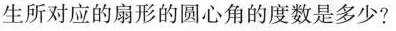
生所对应的扇形的圆心角的度数是多少?